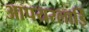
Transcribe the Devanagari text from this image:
आपयरलाईि